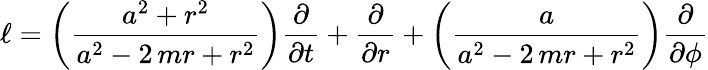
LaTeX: \ell=\left(\frac{a^{2}+r^{2}}{a^{2}-2\, mr+r^{2}}\right)\frac{\partial}{\partial t}+\frac{\partial}{\partial r}+\left(\frac{a}{a^{2}-2\, mr+r^{2}}\right)\frac{\partial}{\partial{\phi}}